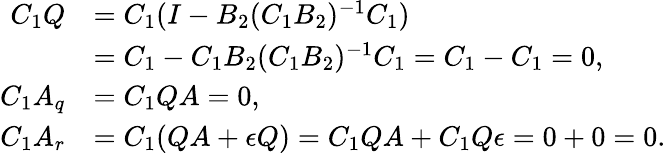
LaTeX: \begin{array}{rl}{C_{1}Q}&{=C_{1}(I-B_{2}(C_{1}B_{2})^{-1}C_{1})}\\ &{=C_{1}-C_{1}B_{2}(C_{1}B_{2})^{-1}C_{1}=C_{1}-C_{1}=0,}\\ {C_{1}A_{q}}&{=C_{1}QA=0,}\\ {C_{1}A_{r}}&{=C_{1}(QA+\epsilon{Q})=C_{1}QA+C_{1}Q\epsilon=0+0=0.}\end{array}